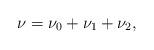
LaTeX: \begin{align*}\nu=\nu_0+\nu_1+\nu_2,\end{align*}